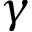
\gamma